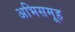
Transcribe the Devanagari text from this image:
अभिसमूह